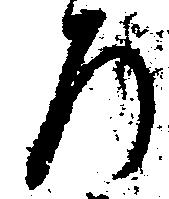
ろ